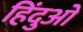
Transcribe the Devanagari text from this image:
हिंदुआें